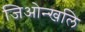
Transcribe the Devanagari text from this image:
जिओन्खलि